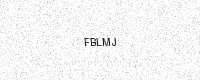
Text: FBLMJ